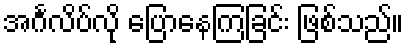
အင်္ဂလိပ်လို ပြောနေကြခြင်း ဖြစ်သည်။